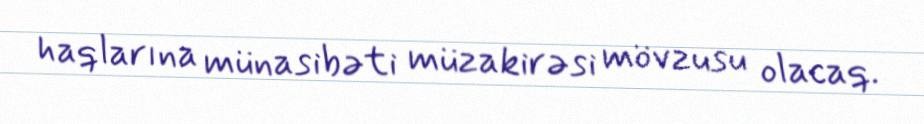
haqlarına münasibəti müzakirəsi mövzusu olacaq.